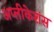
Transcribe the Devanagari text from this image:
अप्लीकेशंस